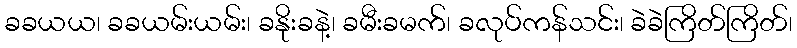
ခခယယ၊ ခခယမ်းယမ်း၊ ခနိုးခနဲ့၊ ခမီးခမက်၊ ခလုပ်ကန်သင်း၊ ခဲခဲကြိတ်ကြိတ်၊